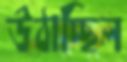
উঠাচ্ছিল